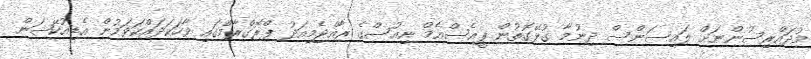
މުދައްރިސުންނަށް ލައިސަންސް ދިނުމާ ގުޅޭގޮތުން ޕީއެސްއެމް ނިއުސްގެ ރާއްޖެމިއަދު ޕްރޮގްރާމްގައި ވާހަކަދައްކަވަމުން އެޑިއުކޭޝަން